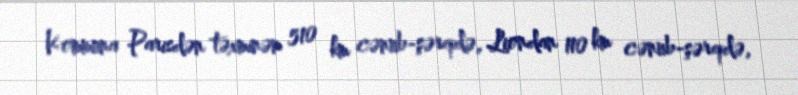
Kommuna Parisdən təxminən 510 km cənub-şərqdə, Liondan 110 km cənub-şərqdə,